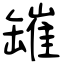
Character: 𦉎